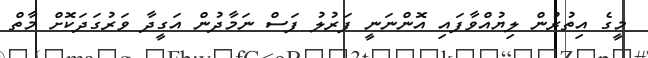
މީގެ އިތުރުން ލިޔުއްވާފައި އޮންނަނީ ފަރުލު ފަސް ނަމާދުން އަގީދާ ވަރުގަދަކޮށް މާތް